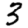
Digit: 3